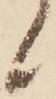
候